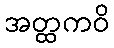
အတ္ထကဝိ